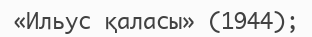
«Ильус қаласы» (1944);